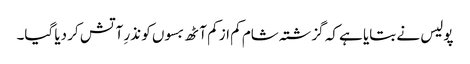
پولیس نے بتایا ہے کہ گزشتہ شام کم از کم آٹھ بسوں کو نذرِ آتش کر دیا گیا۔